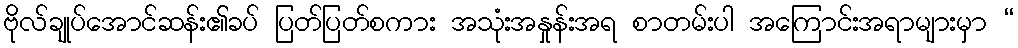
ဗိုလ်ချုပ်အောင်ဆန်း၏ခပ် ပြတ်ပြတ်စကား အသုံးအနှုန်းအရ စာတမ်းပါ အကြောင်းအရာများမှာ “